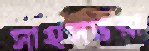
সাহসভরা